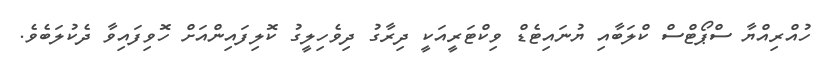
ހުއްރިއްޔާ ސްޕޯޓްސް ކްލަބާއި ޔުނައިޓެޑް ވިކްޓަރީއަކީ ދިރާގު ދިވެހިލީގު ކޮލިފައިންއަށް ހޮވިފައިވާ ދެކުލަބެވެ.